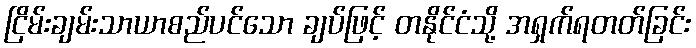
ငြိမ်းချမ်းသာယာစည်ပင်သော ချပ်ဖြင့် တနိုင်ငံသို့ အရှက်ရတတ်ခြင်း